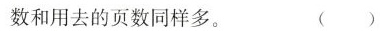
和用去的页数同样多。 ( )